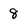
Character: 8